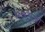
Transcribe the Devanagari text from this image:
धअतुओ